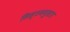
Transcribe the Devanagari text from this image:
सिस्टमनुसार